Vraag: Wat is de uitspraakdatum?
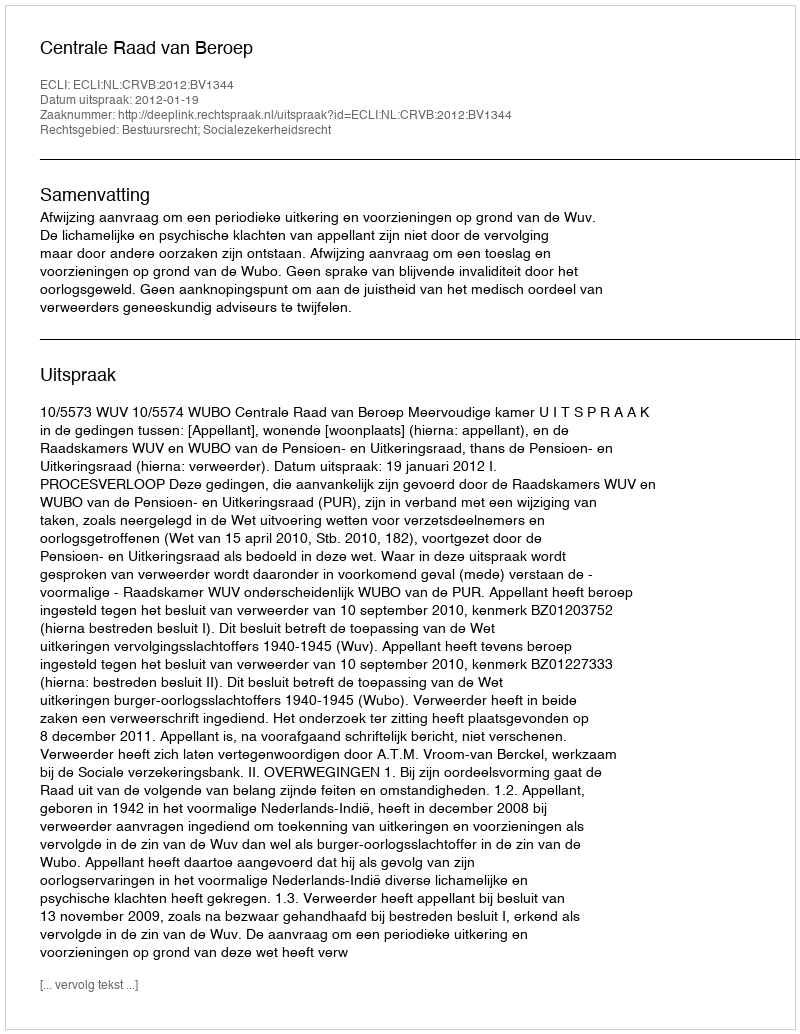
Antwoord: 2012-01-19